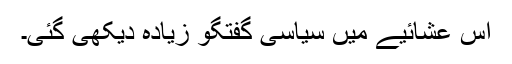
اس عشائیے میں سیاسی گفتگو زیادہ دیکھی گئی۔